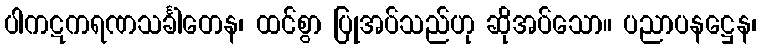
ပါကဋကရဏသင်္ခါတေန၊ ထင်စွာ ပြုအပ်သည်ဟု ဆိုအပ်သော။ ပညာပနဋ္ဌေန၊